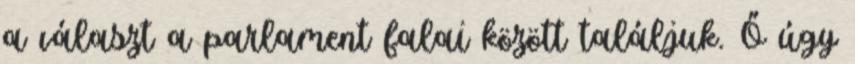
a választ a parlament falai között találjuk. Ő úgy